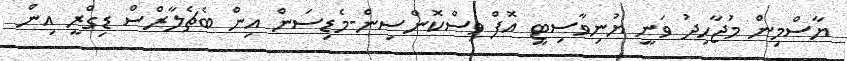
ޔާސްމިން މުޖާހިދު ވަނީ ޔުނިވާސިޓީ އޮފް ވިސްކޮންސިން-މެޑިސަން އިން ބެޗެލާރްސް ޑިގްރީ އިން